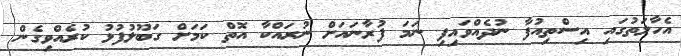
އެހާލަތުގައި އިސްތިއުފާ ނުދެއްވައިފި ނަމަ ފުރާނައަށް ނުރައްކާ އޮތް ކަމަށް ގަބޫލުފުޅު ކުރެއްވިގެން